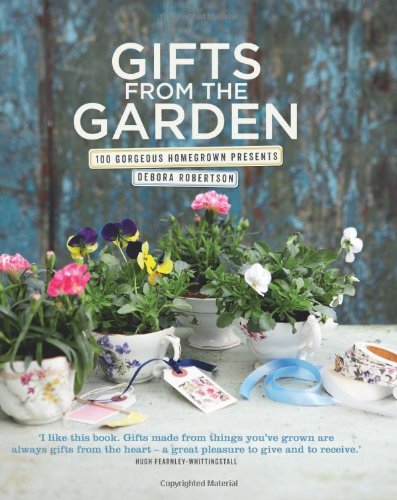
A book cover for Gifts from the Garden: 100 Gorgeous Homegrown Presents; Debora Robertson; Crafts, Hobbies & Home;